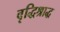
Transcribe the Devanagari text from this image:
वृद्धिश्राद्ध